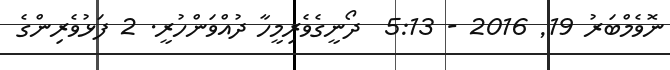
ނޮވެމްބަރު 19